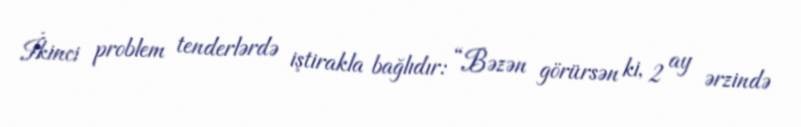
İkinci problem tenderlərdə iştirakla bağlıdır: “Bəzən görürsən ki, 2 ay ərzində